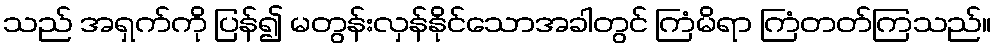
သည် အရှက်ကို ပြန်၍ မတွန်းလှန်နိုင်သောအခါတွင် ကြံမိရာ ကြံတတ်ကြသည်။